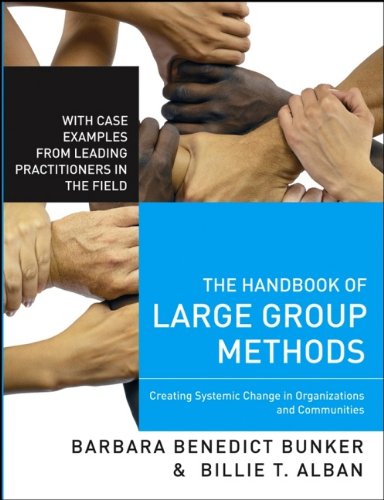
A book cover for The Handbook of Large Group Methods: Creating Systemic Change in Organizations and Communities; Barbara Benedict Bunker; Business & Money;